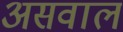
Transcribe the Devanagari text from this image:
असवाल